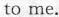
to me.